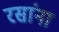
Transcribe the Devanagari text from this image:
रसांना